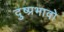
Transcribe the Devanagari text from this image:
दुष्प्रभावो